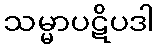
သမ္မာပဋိပဒါ